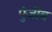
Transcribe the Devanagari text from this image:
पुंजीब